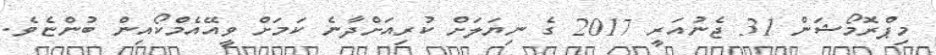
މިޕްރޮމޯޝަން 31 ޖެނުއަރީ 2017 ގެ ނިޔަލަށް ކުރިއަށްދާނެ ކަމަށް ވީއޭއެމްކޯއިން ބުންޏެވެ.